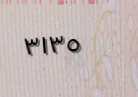
٣١٣٥